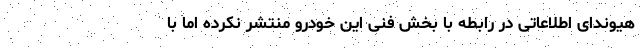
هیوندای اطلاعاتی در رابطه با بخش فنی این خودرو منتشر نکرده اما با